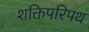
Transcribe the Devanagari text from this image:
शक्तिपरिपथ